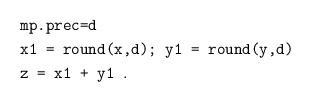
LaTeX: \begin{align*}&\texttt{mp.prec=d}\\&\texttt{x1 = round(x,d); y1 = round(y,d)}\\&\texttt{z = x1 + y1 }.\end{align*}